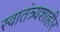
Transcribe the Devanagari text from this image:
स्वातंत्र्यशाहीर